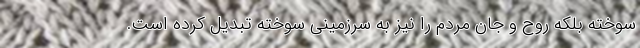
سوخته بلکه روح و جان مردم را نیز به سرزمینی سوخته تبدیل کرده است.